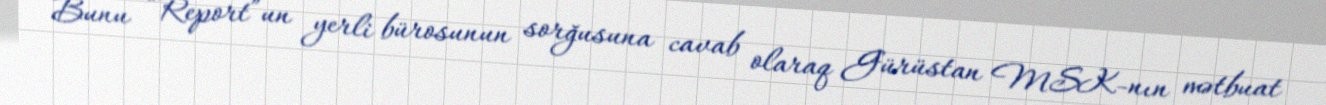
Bunu “Report”un yerli bürosunun sorğusuna cavab olaraq Gürüstan MSK-nın mətbuat